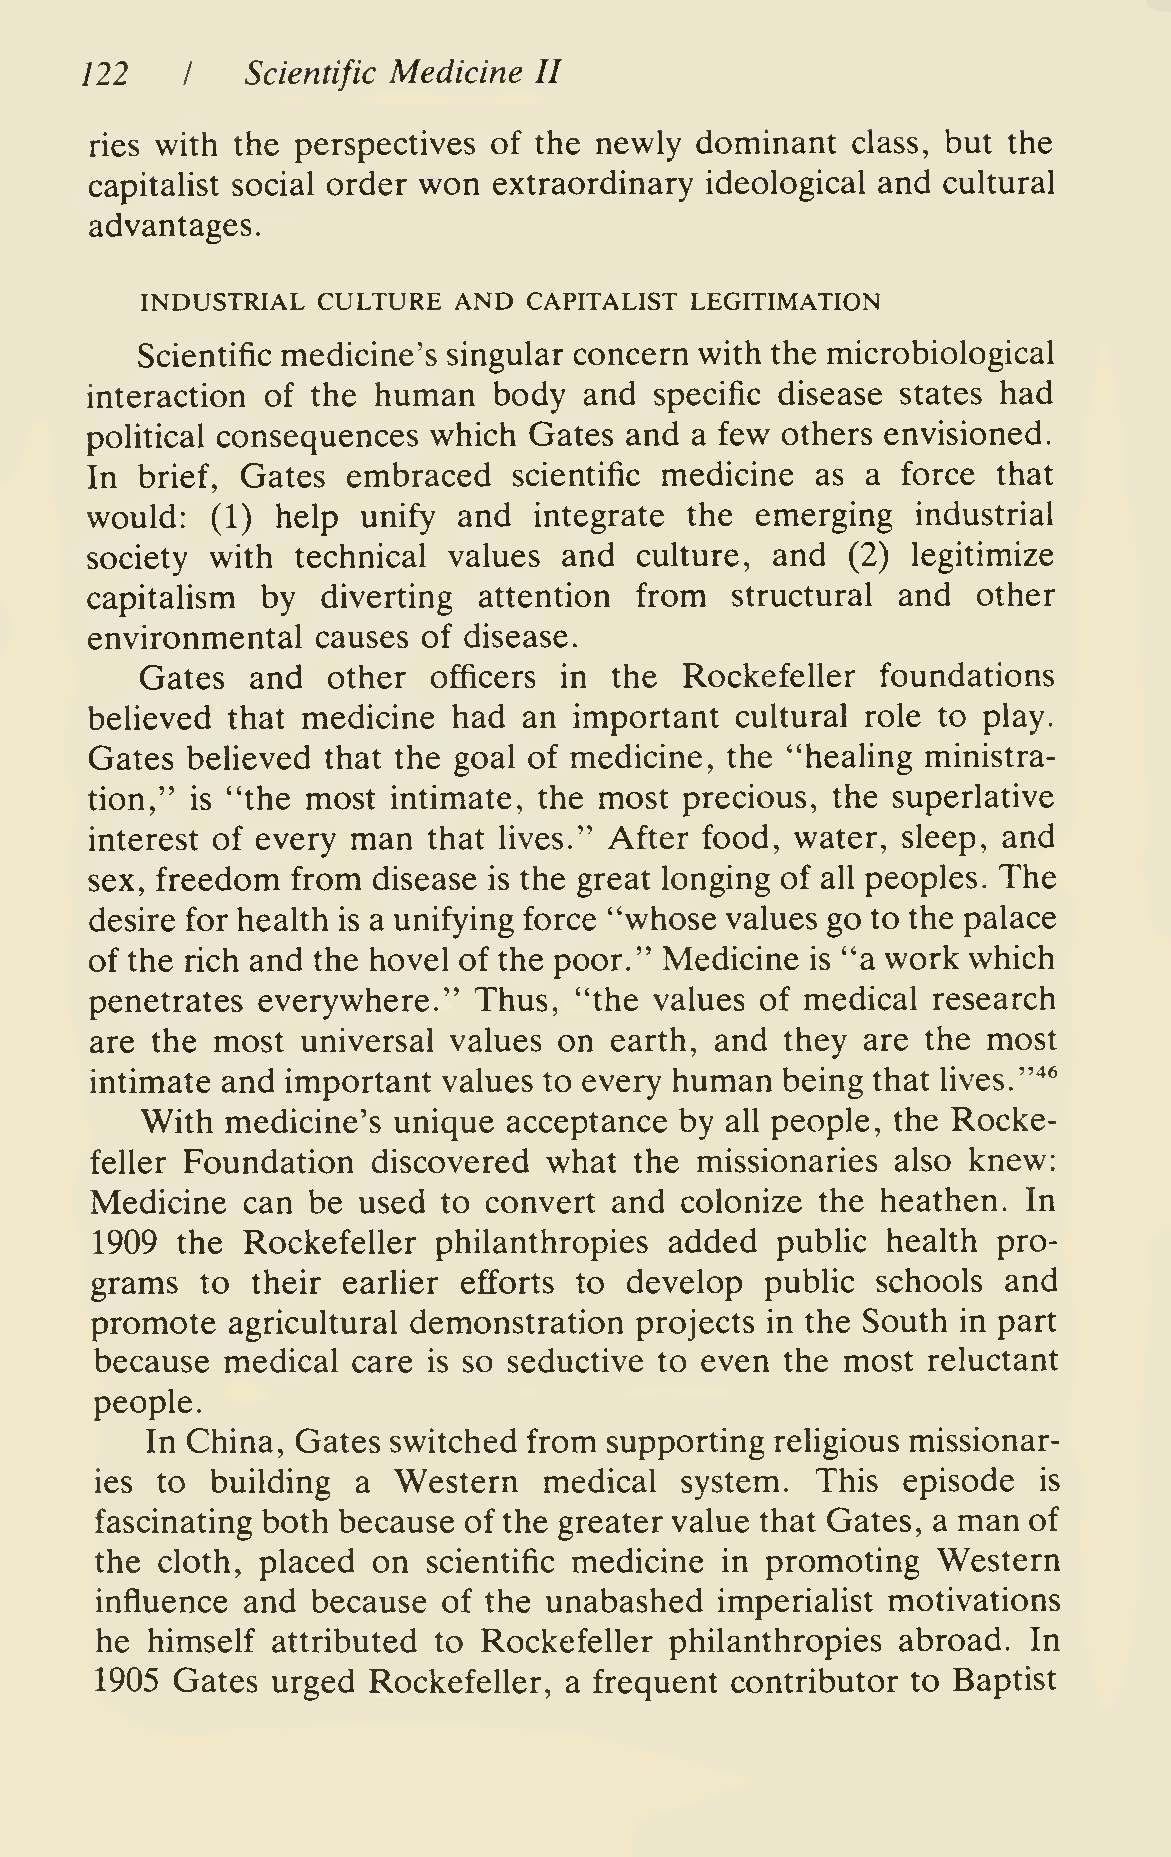
122    I   Scientific Medicine II
 ries with the perspectives of the newly dominant  class, but the
 capitalist social order won extraordinary ideological and cultural
 advantages.
 INDUSTRIAL  CULTURE  AND  CAPITALIST LEGITIMATION
 Scientific medicine's singular concern with the microbiological
 interaction of the human   body  and specific disease states had
 political consequences which Gates  and a few others envisioned.
 In brief, Gates  embraced   scientific medicine as a  force that
 would:      help  unify and  integrate  the emerging   industrial
 (1)
 society with  technical values and  culture, and  (2) legitimize
 capitalism by  diverting  attention from  structural and   other
 environmental  causes of disease.
 Gates   and  other  officers in the Rockefeller  foundations
 believed that medicine  had  an important  cultural role to play.
 Gates believed that the goal of medicine, the "healing ministra-
 tion," is "the most intimate, the most precious, the superlative
 interest of every man that lives." After food, water, sleep, and
 sex, freedom from  disease is the great longing of all peoples. The
 desire for health is a unifying force "whose values go to the palace
 of the rich and the hovel of the poor." Medicine is "a work which
 penetrates everywhere."  Thus,  "the values of medical  research
 are the most  universal values on earth, and  they are the most
 intimate and important values to every human  being that lives."''^
 With  medicine's unique  acceptance by all people, the Rocke-
 feller Foundation  discovered what  the missionaries also knew:
 Medicine  can be  used to convert  and colonize the heathen.  In
 1909  the Rockefeller  philanthropies added  pubHc   health pro-
 grams  to  their earlier efforts to develop  public schools  and
 promote  agricultural demonstration projects in the South in part
 because  medical care is so seductive to even the most reluctant
 people.
 In China, Gates switched from supporting religious missionar-
 ies to  building  a Western   medical  system.  This  episode  is
 man
 fascinating both because of the greater value that Gates, a   of
 the cloth, placed  on scientific medicine in promoting  Western
 influence and  because of the unabashed   imperialist motivations
 he  himself attributed to Rockefeller philanthropies  abroad. In
 1905 Gates  urged Rockefeller, a frequent contributor to Baptist